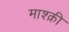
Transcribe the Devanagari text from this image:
माश्क़ी